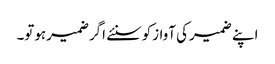
اپنے ضمیرکی آوازکوسنئے اگرضمیرہوتو۔